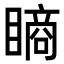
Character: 𥊔